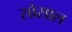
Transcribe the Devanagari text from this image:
सोसाल